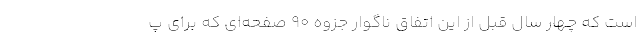
است که چهار سال قبل از این اتفاق ناگوار جزوه ۹۰ صفحه‌ای که برای پ